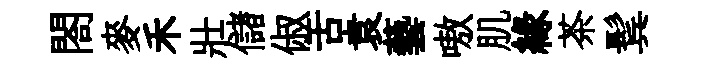
閤麥禾壯儲俶舌袁藝嗷肌緣茶鬂